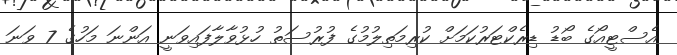
އެސްޓީއޯގެ ބޯޑު ޑިރެކްޓަރުކަމަށް ކުރިމަތިލުމުގެ ފުރުސަތު ހުޅުވާލާފައިވަނީ އަންނަ މަހުގެ 7 ވަނަ